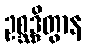
ဥစ္ဆဒ္ဒိတွာန